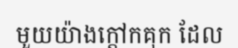
មួយយ៉ាងក្តៅកគុក ដែល